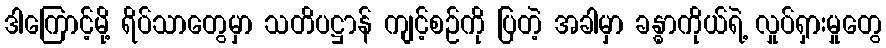
ဒါကြောင့်မို့ ရိပ်သာတွေမှာ သတိပဋ္ဌာန် ကျင့်စဉ်ကို ပြတဲ့ အခါမှာ ခန္ဓာကိုယ်ရဲ့ လှုပ်ရှားမှုတွေ